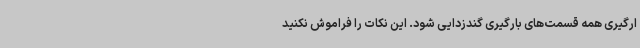
ارگیری همه قسمت‌های بارگیری گندزدایی شود. این نکات را فراموش نکنید